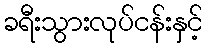
ခရီးသွားလုပ်ငန်းနှင့်